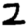
Digit: 2